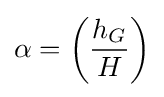
\alpha ={\left({\frac {h_{G}}{H}}\right)}